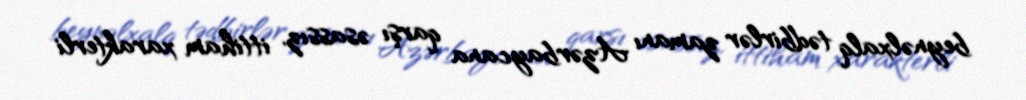
beynəlxalq tədbirlər zamanı Azərbaycana qarşı əsassız, ittiham xarakterli